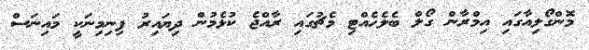
މޮންގޯލިއާގައި އިމްރާން ގޯލް ބެލެހެއްޓި މެޗުގައި ރާއްޖެ ކުޅެމުން ދިޔައިރު ފިނިމިނަކީ މައިނަސް